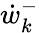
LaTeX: {\dot{w}_{k}^{-}}